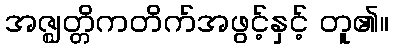
အဇ္ဈတ္တိကတိက်အဖွင့်နှင့် တူ၏။